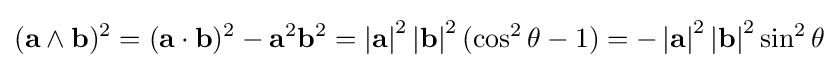
(\mathbf {a} \wedge \mathbf {b} )^{2}=(\mathbf {a} \cdot \mathbf {b} )^{2}-\mathbf {a} ^{2}\mathbf {b} ^{2}=\left|\mathbf {a} \right|^{2}\left|\mathbf {b} \right|^{2}(\cos ^{2}\theta -1)=-\left|\mathbf {a} \right|^{2}\left|\mathbf {b} \right|^{2}\sin ^{2}\theta